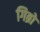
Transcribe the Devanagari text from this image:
गिब्रों